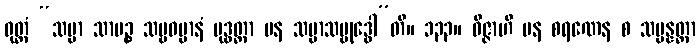
ဝုတ္တံ “သမ္မာ သာမဉ္စ သဗ္ဗဓမ္မာနံ ဗုဒ္ဓတ္တာ ပန သမ္မာသမ္ဗုဒ္ဓေါ”တိ။ ၁၃၃။ ဝိဇ္ဇာဟိ ပန စရဏေန စ သမ္ပန္နတ္တာ